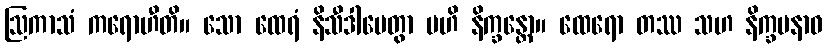
ဩကာသံ ကရောဟီတိ။ သော ထေရံ နိသီဒါပေတွာ ဗဟိ နိက္ခန္တော။ ထေရော တဿ သဟ နိက္ခမနာဝ